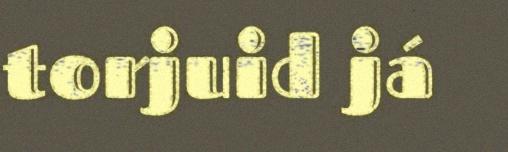
torjuid já